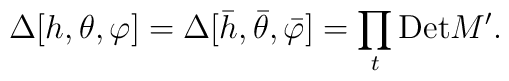
\Delta[h,\theta,\varphi] = \Delta[\bar{h},\bar{\theta},\bar{\varphi}] = \prod_{t}{\rm Det}M' .